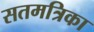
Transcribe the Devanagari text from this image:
सतमत्रिका